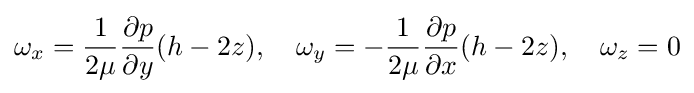
\omega _{x}={\frac {1}{2\mu }}{\frac {\partial p}{\partial y}}(h-2z),\quad \omega _{y}=-{\frac {1}{2\mu }}{\frac {\partial p}{\partial x}}(h-2z),\quad \omega _{z}=0